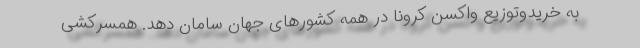
به خریدوتوزیع واکسن کرونا در همه کشور‌های جهان سامان دهد. همسرکشی